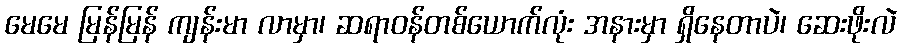
မေမေ မြန်မြန် ကျန်းမာ လာမှာ၊ ဆရာဝန်တစ်ယောက်လုံး အနားမှာ ရှိနေတာပဲ၊ ဆေးဖိုးလဲ